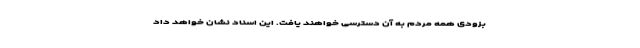
بزودی همه مردم به آن دسترسی خواهند یافت. این اسناد نشان خواهد داد